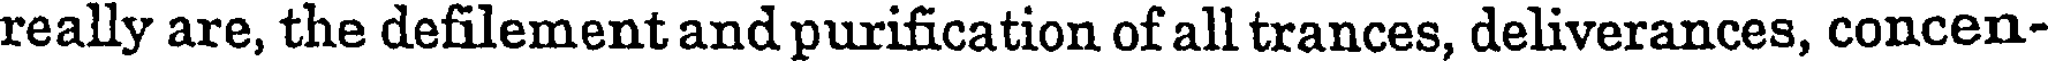
really are, the defilement and purification of all trances, deliverances, concen-